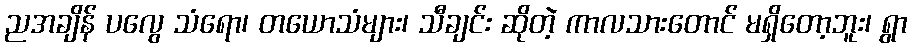
ညအချိန် ပလွေ သံရော၊ တယောသံများ၊ သီချင်း ဆိုတဲ့ ကာလသားတောင် မရှိတော့ဘူး၊ ရွာ